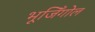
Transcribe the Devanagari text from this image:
भूजिँगोल